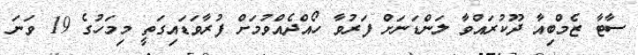
ސާޓާ ޒެމްބިއާ ދޫކުރައްވާ ލަންޑަނަށް ފަރުވާ ހޯއްދެއްވުމަށް ފުރާވަޑައިގަތީ މިމަހުގެ 19 ވަނަ